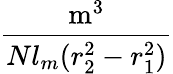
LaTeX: \frac{\textrm{m}^{3}}{Nl_{m}(r_{2}^{2}-r_{1}^{2})}